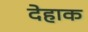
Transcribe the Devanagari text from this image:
देहाक